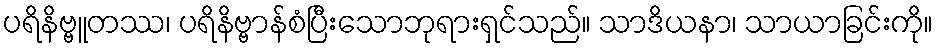
ပရိနိဗ္ဗူတဿ၊ ပရိနိဗ္ဗာန်စံပြီးသောဘုရားရှင်သည်။ သာဒိယနာ၊ သာယာခြင်းကို။